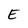
Character: E